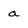
Character: a